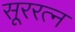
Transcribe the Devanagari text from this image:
सूररत्‍न